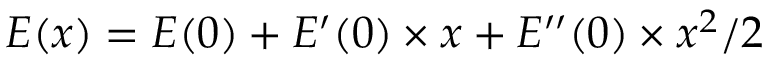
E ( x ) = E ( 0 ) + E ^ { \prime } ( 0 ) \times x + E ^ { \prime \prime } ( 0 ) \times x ^ { 2 } / 2